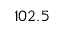
1 0 2 . 5